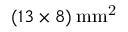
( 1 3 \times 8 ) \: \mathrm { { m m ^ { 2 } } }